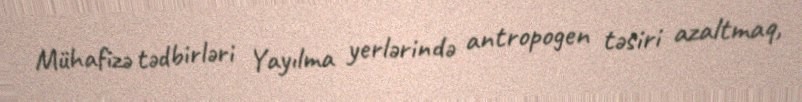
Mühafizə tədbirləri Yayılma yerlərində antropogen təsiri azaltmaq,